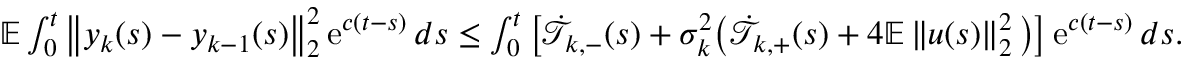
\begin{array} { r } { \mathbb E \int _ { 0 } ^ { t } \left\| y _ { k } ( s ) - y _ { k - 1 } ( s ) \right\| _ { 2 } ^ { 2 } \operatorname { e } ^ { c ( t - s ) } d s \leq \int _ { 0 } ^ { t } \left[ \dot { \mathcal T } _ { k , - } ( s ) + \sigma _ { k } ^ { 2 } \big ( \dot { \mathcal T } _ { k , + } ( s ) + 4 \mathbb E \left\| u ( s ) \right\| _ { 2 } ^ { 2 } \big ) \right] \operatorname { e } ^ { c ( t - s ) } d s . } \end{array}